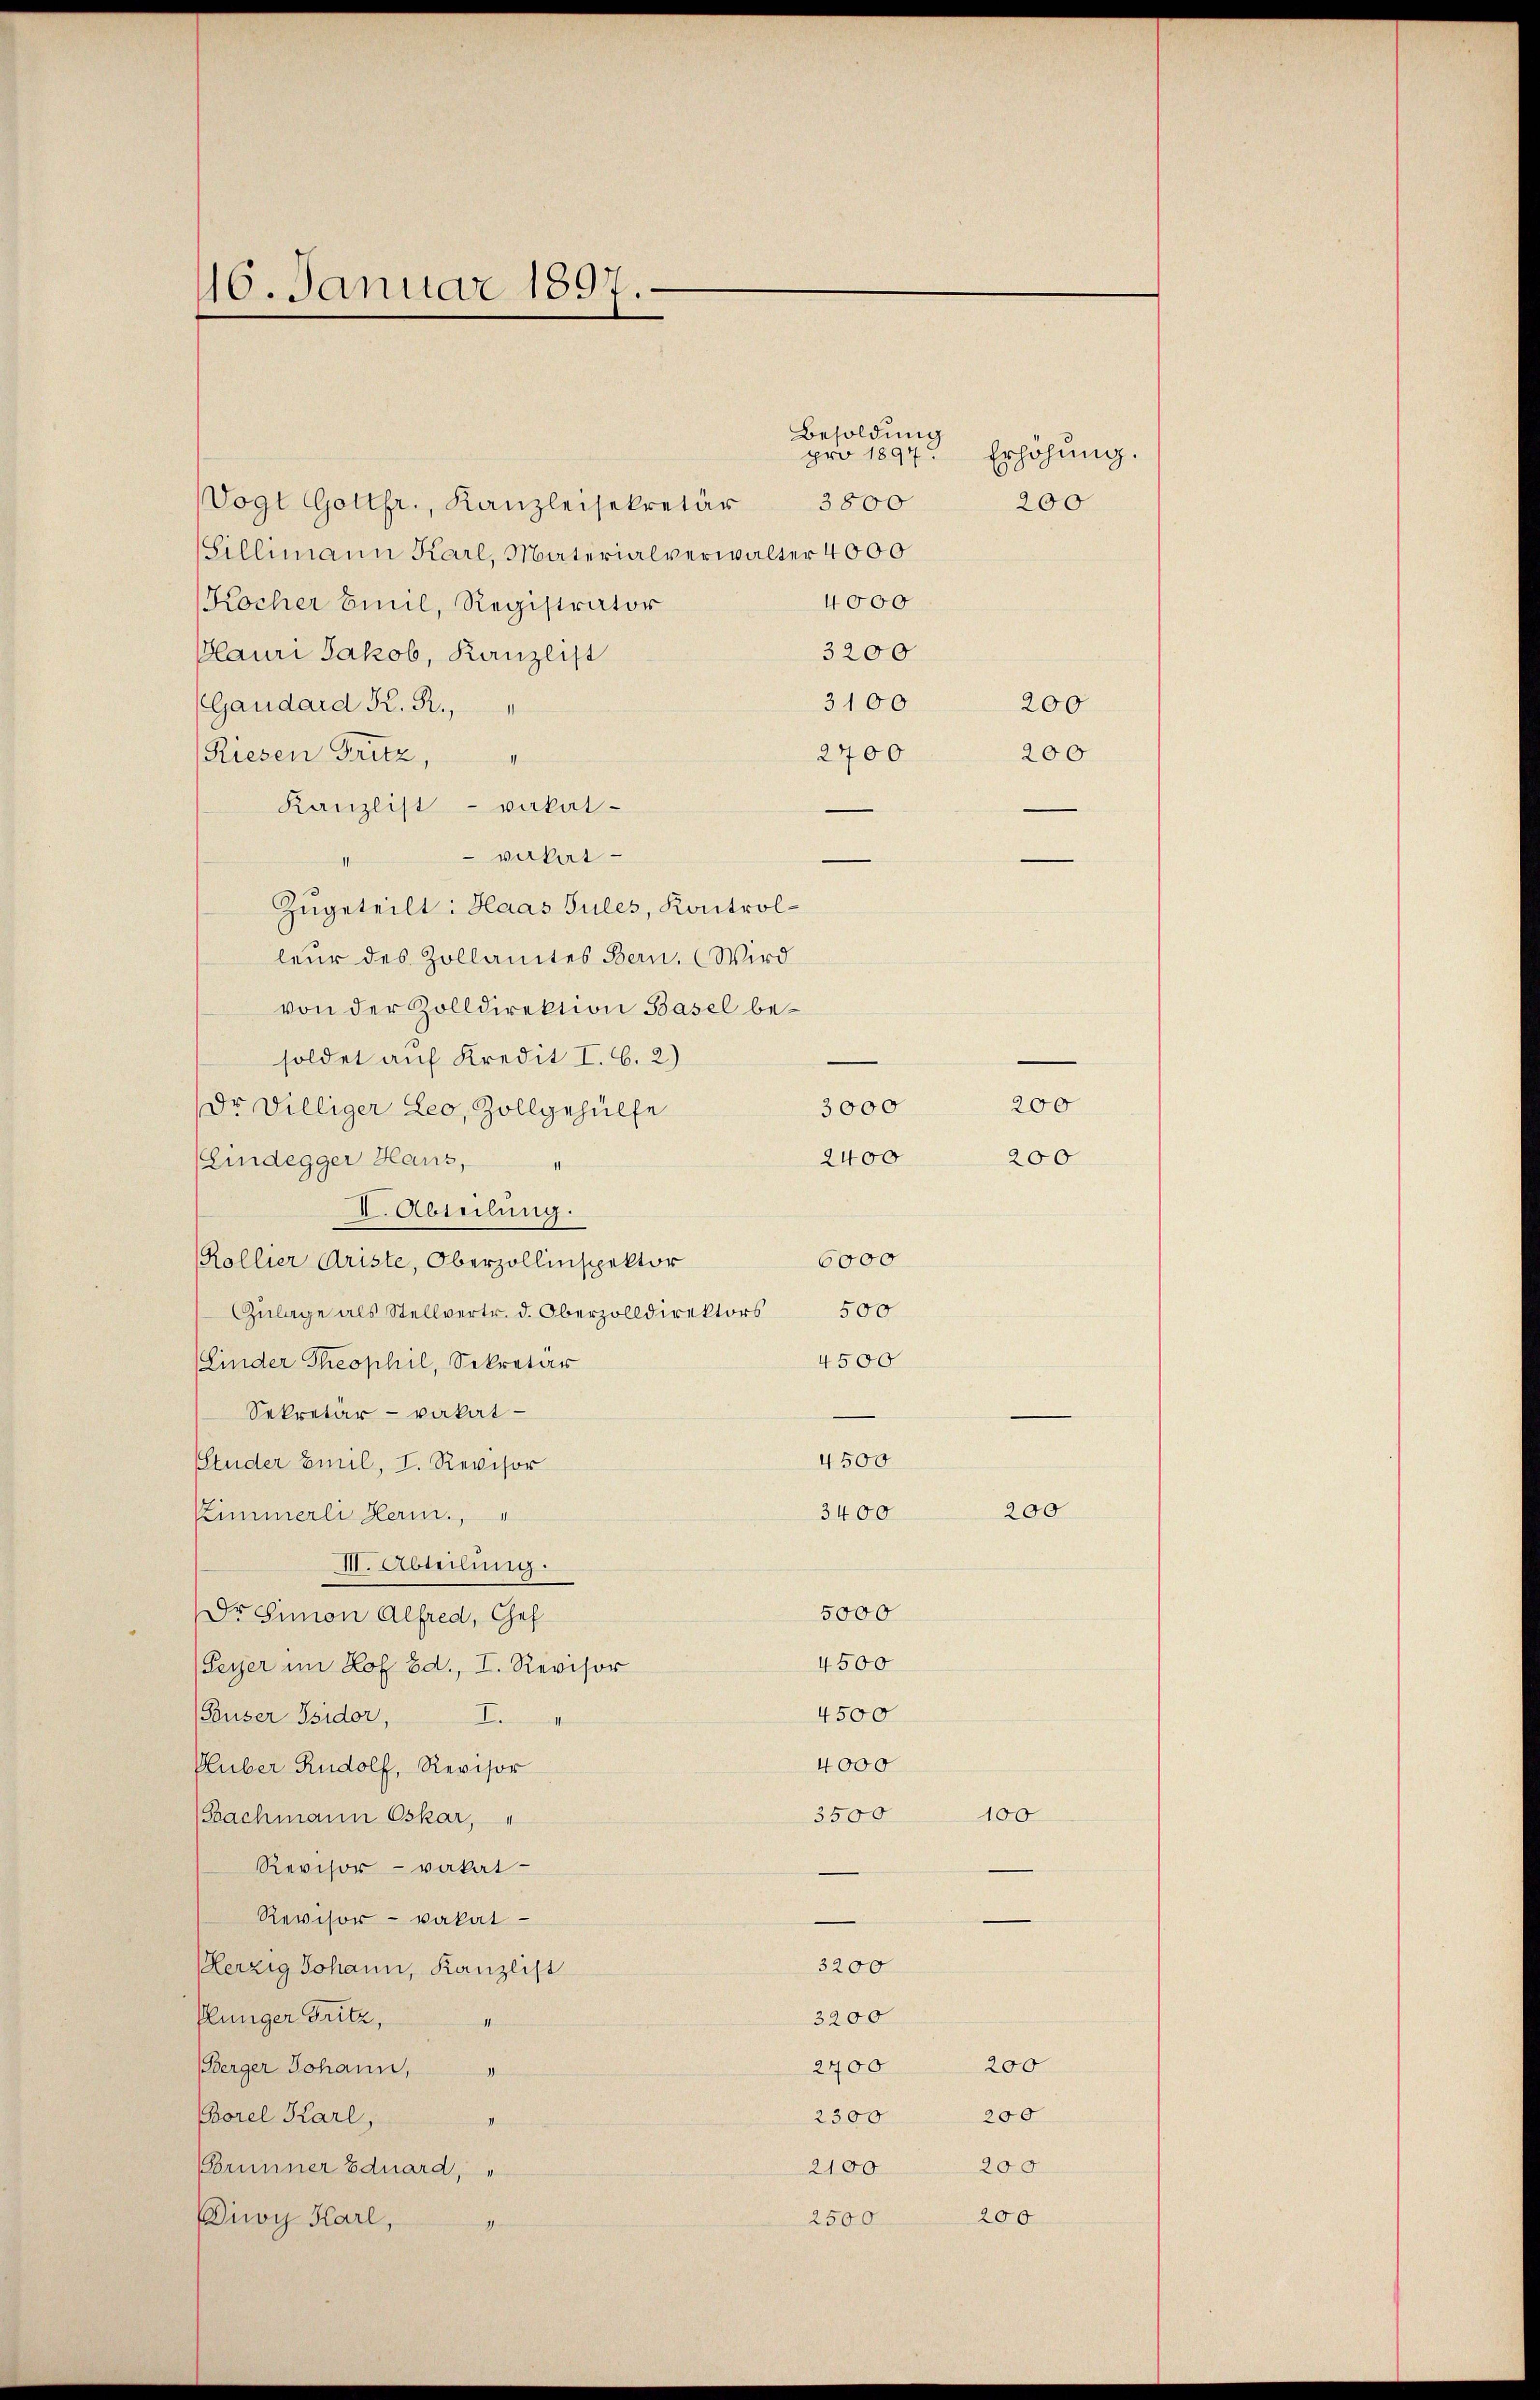
16. Januar 1897.

Vogt Gottfr., Kanzleisekretär
Sillimann Karl, Materialverwalter 4000
4000
Kocher Emil, Registrator
3200
Plauri Jakob, Kanzlist
3100
(Gaudard K. R.,
2700
Riesen Fritz,
Kanzlist vakal-
vabat
Zugeteilt: Haas Jules, Kontrolleur des Zollamtes Bern. (Wird
von der Zolldirektion Basel besoldet auf Kredit I. B. 2)
3000
Dr. Dilliger Leo, Zollgehülfe
2400
(Eindegger Haus,
I. Abteilung.
6000
Kollier Ariste, Oberzollinspektor
500
Zulage als Stellvertr. d. Oberzolldirektors
4500
(Linder Theophil, Sekretär
Sekretär - vakat-
4500
Studer Emil, I. Revisor
3400
Zimmerli Herin.,
III. Abteilung.
5000
Dr. Simon Alfred, Gef
4500
Peyer im Hof Bd., I. Revisor
4500
Pauser Isidor,
I.
4000
Pluber Rudolf, Revisor
3500
Bachmann Oskar,
Revisor vakat-
Revisor- vakat
3200
Perzig Johann, Kanzlist
Klunger Gritz,
3200
1
2700
Berger Johann, "
2300
Borel Karl,
(Brunner Eduard,
2100
Diwy Karl,
2500
4

Besoldung
pro 1897.
Erhöhung.
3800
200

100

200

200

200
200
200
200

200
200

200